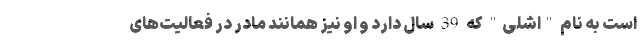
است به نام "اشلی" که 39 سال دارد و او نیز همانند مادر در فعالیت‌های